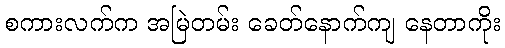
စကားလက်က အမြဲတမ်း ခေတ်နောက်ကျ နေတာကိုး